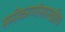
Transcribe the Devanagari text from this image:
समीकरणांसारखीच